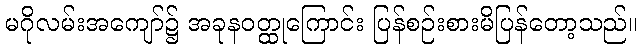
မဂိုလမ်းအကျော်၌ အခုနဝတ္ထုကြောင်း ပြန်စဉ်းစားမိပြန်တော့သည်။